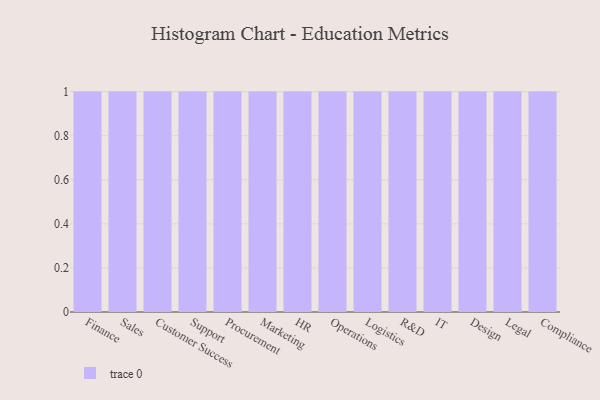
{"axis": {"x": "Department", "y": "Page Views"}, "legend": [""], "data": [{"x": "Finance", "y": 24, "type": ""}, {"x": "Sales", "y": 81, "type": ""}, {"x": "Customer Success", "y": 100, "type": ""}, {"x": "Support", "y": 68, "type": ""}, {"x": "Procurement", "y": 79, "type": ""}, {"x": "Marketing", "y": 89, "type": ""}, {"x": "HR", "y": 66, "type": ""}, {"x": "Operations", "y": 16, "type": ""}, {"x": "Logistics", "y": 88, "type": ""}, {"x": "R&D", "y": 49, "type": ""}, {"x": "IT", "y": 40, "type": ""}, {"x": "Design", "y": 100, "type": ""}, {"x": "Legal", "y": 11, "type": ""}, {"x": "Compliance", "y": 18, "type": ""}]}